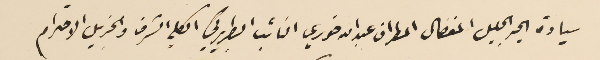
سيادة الحبر الجليل المفضال المطران عبدالله خوري النائب البطريركي الكلي الشرف والجزيل الاحترام